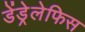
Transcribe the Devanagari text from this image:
डेंड्रेलेफिस